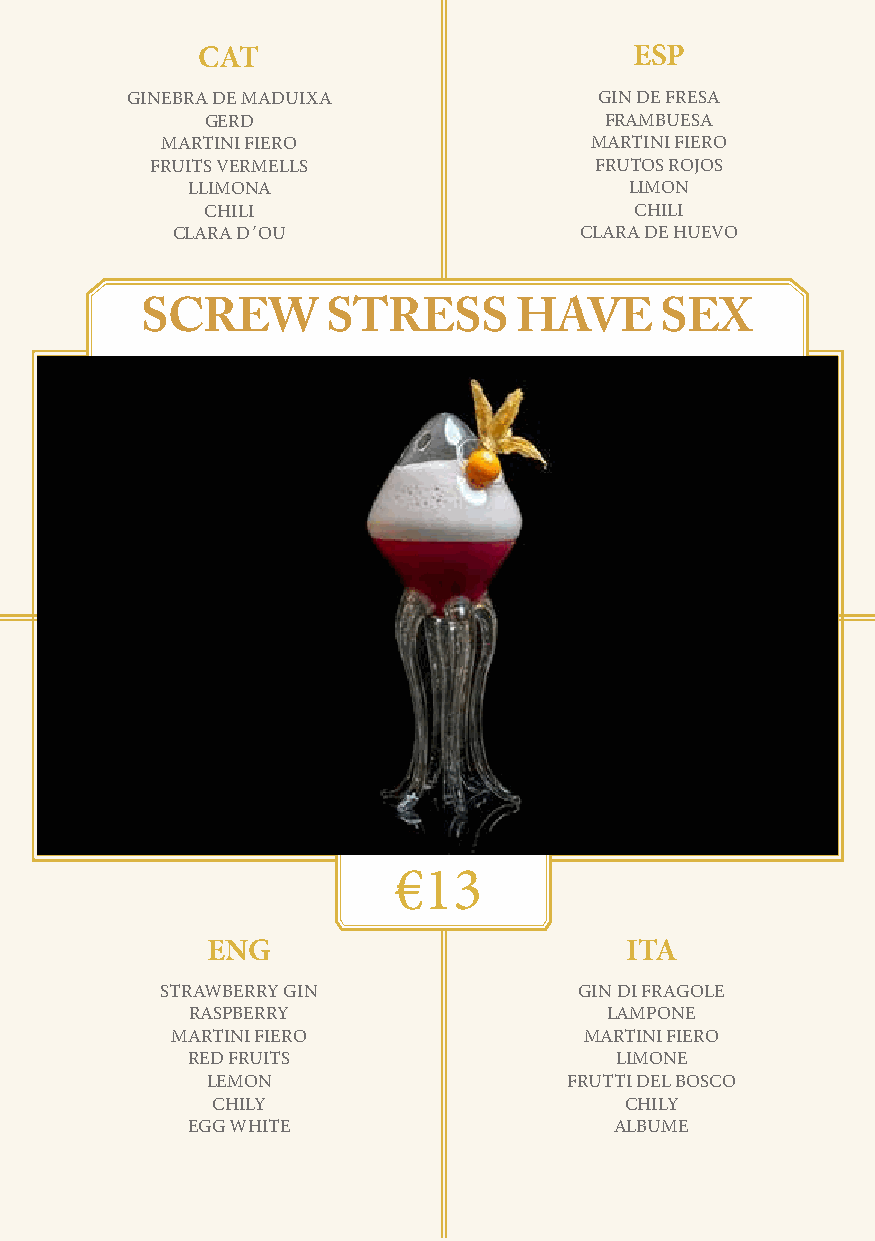
CAT                          ESP
 GINEBRA DE MADUIXA              GIN DE FRESA
 GERD                      FRAMBUESA
 MARTINI FIERO               MARTINI FIERO
 FRUITS VERMELLS              FRUTOS ROJOS
 LLIMONA                       LIMON
 CHILI                       CHILI
 CLARA D´OU                 CLARA DE HUEVO
 SCREW        STRESS      HAVE      SEX
 €13
 ENG                        ITA
 STRAWBERRY GIN             GIN DI FRAGOLE
 RASPBERRY                  LAMPONE
 MARTINI FIERO               MARTINI FIERO
 RED FRUITS                   LIMONE
 LEMON                   FRUTTI DEL BOSCO
 CHILY                      CHILY
 EGG WHITE                    ALBUME